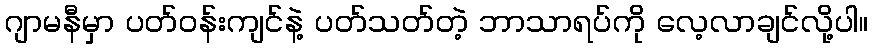
ဂျာမနီမှာ ပတ်ဝန်းကျင်နဲ့ ပတ်သတ်တဲ့ ဘာသာရပ်ကို လေ့လာချင်လို့ပါ။